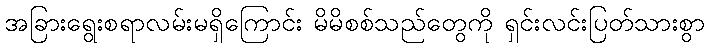
အခြားရွေးစရာလမ်းမရှိကြောင်း မိမိစစ်သည်တွေကို ရှင်းလင်းပြတ်သားစွာ